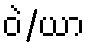
ဝဲ/ယာ